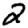
Digit: 2